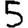
Digit: 5